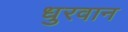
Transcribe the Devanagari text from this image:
धुरवान